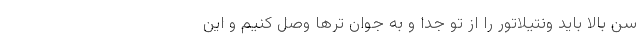
سن بالا باید ونتیلاتور را از تو جدا و به جوان ترها وصل کنیم و این